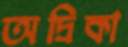
অদ্রিকা